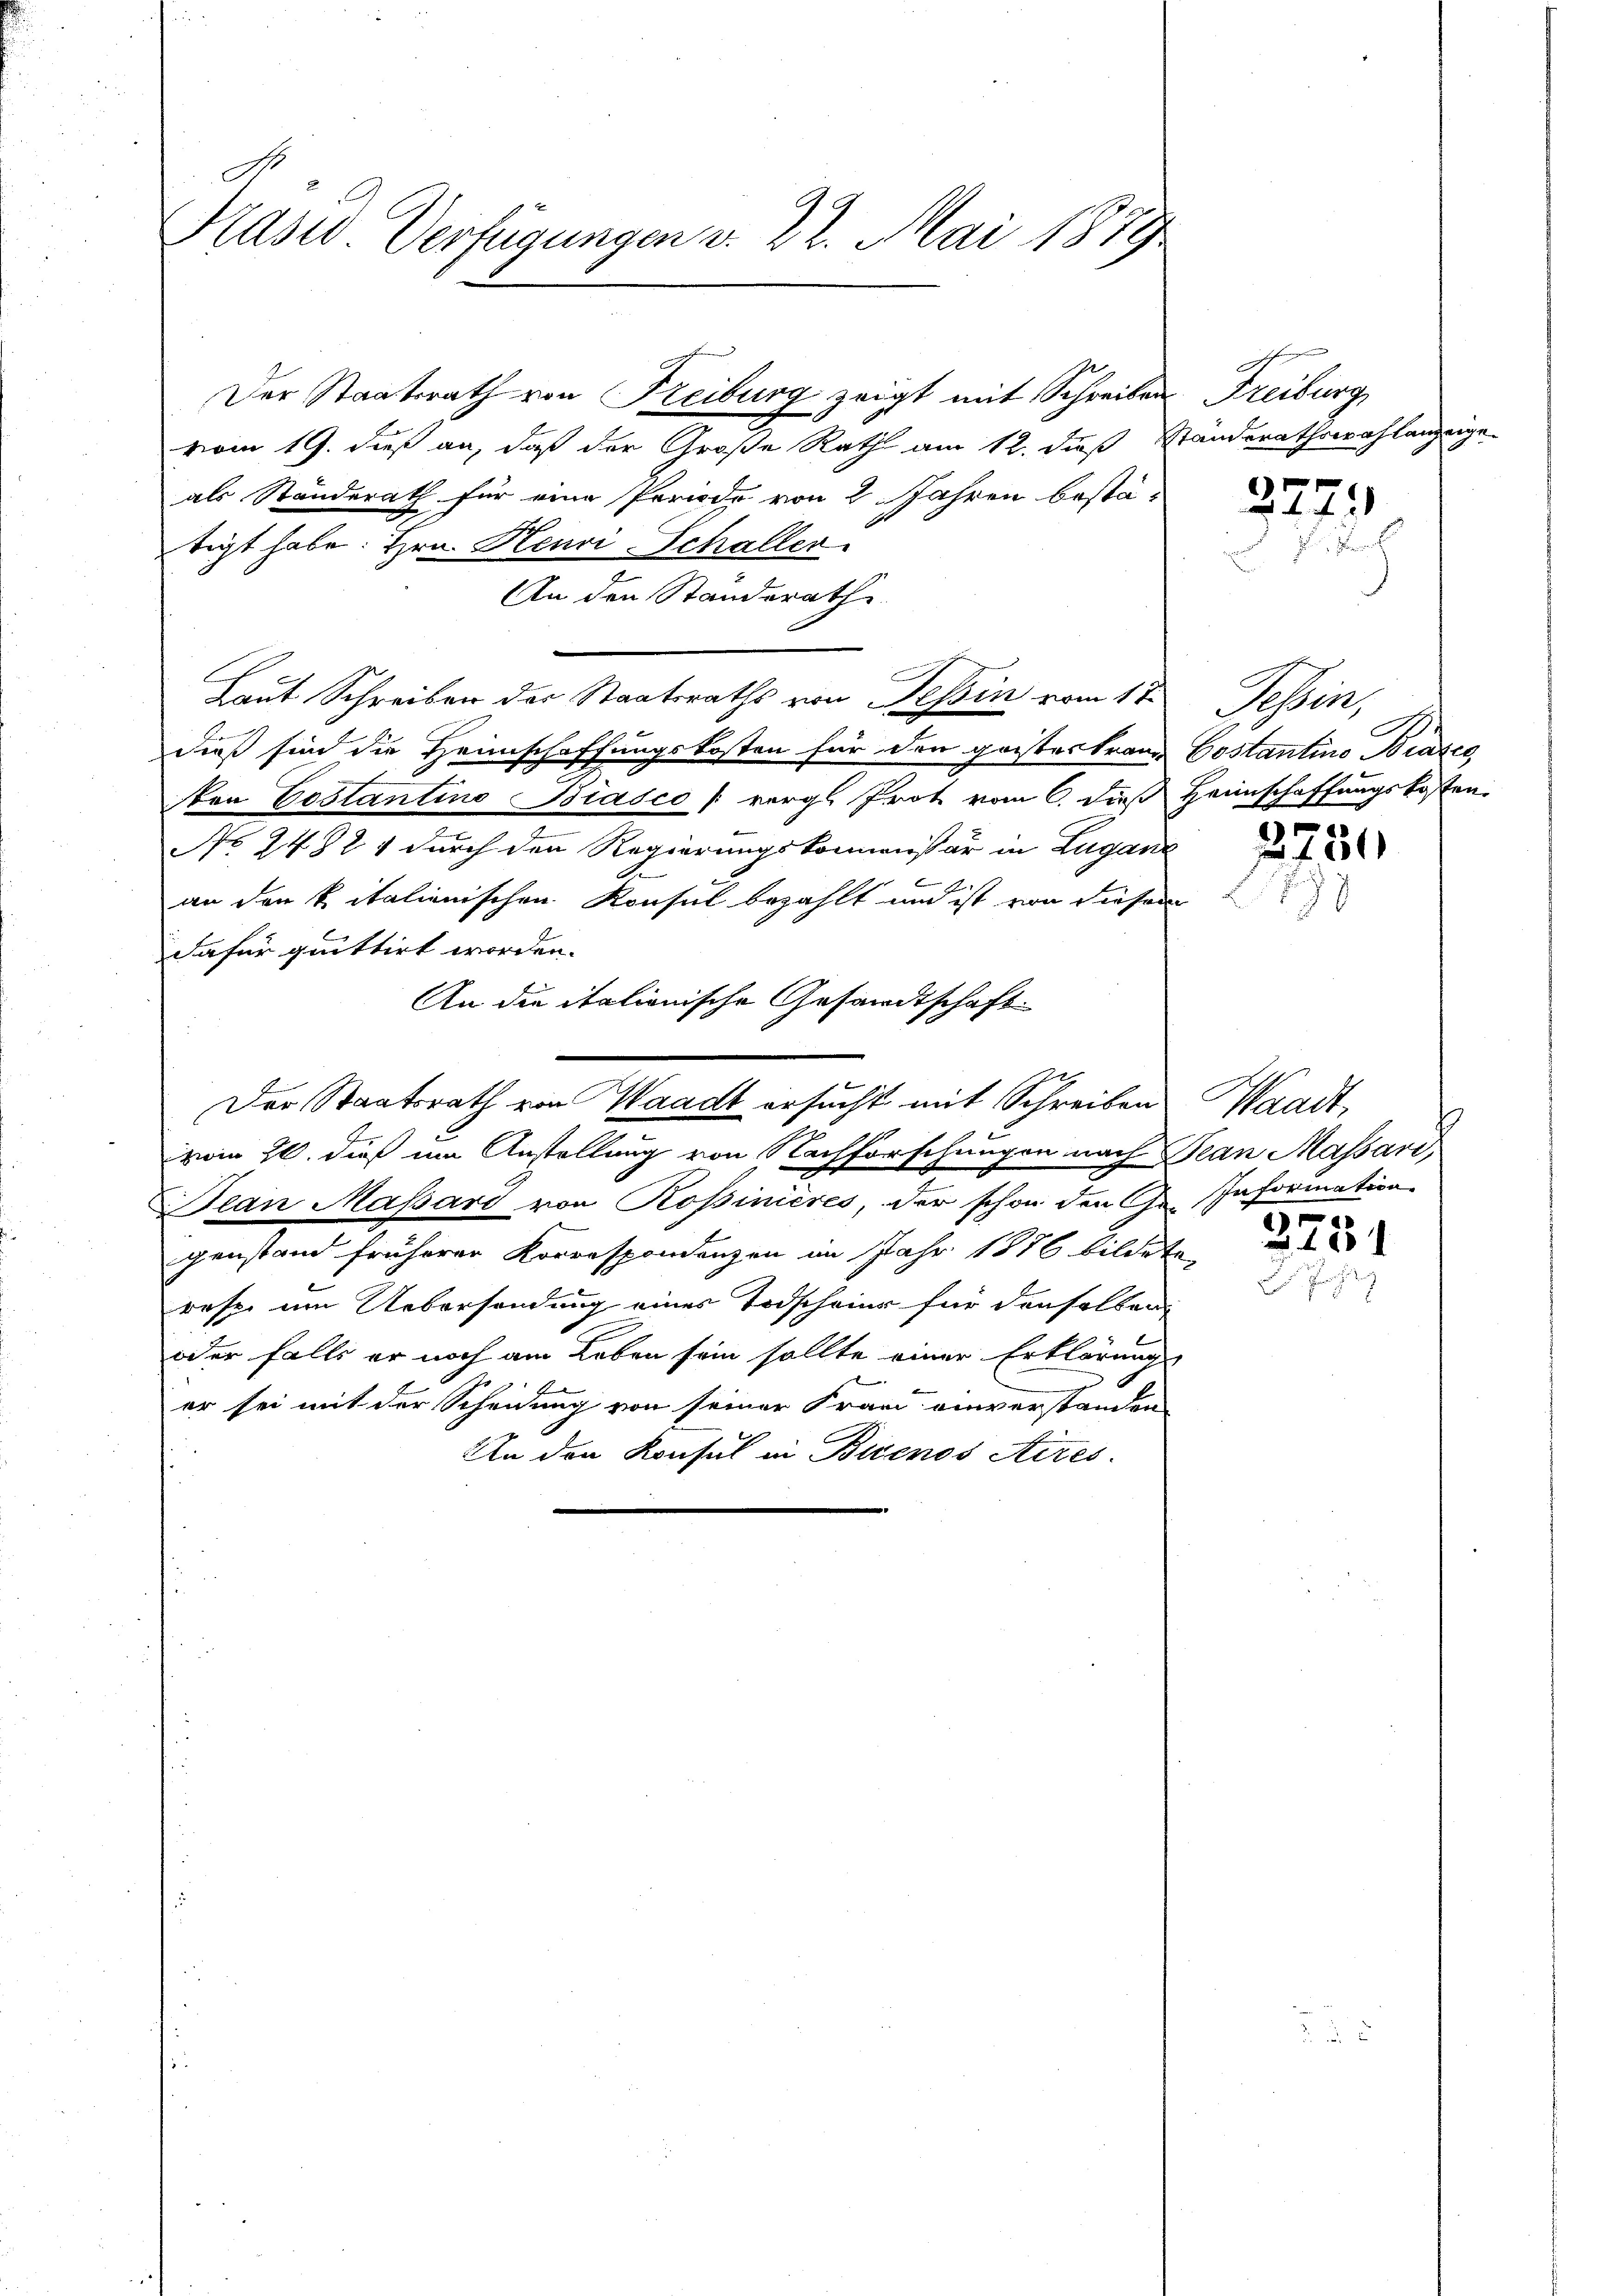
Praser Verfügungen v. 22. Mai 1879

vom 19. dieß an, daß der Große Rath am 12. daß Standerathswahlanzeige
als Stunderath für eine Periode von 2 Jahren bestä-
tigt habe. Hrn. Henri-Schaller
An den Standerath
Laut Schreiben der Staatsraths von Tessin vom 17.
be
dieß sind die Heimschaffungskosten für den geister tran
ton Testantino Biasco (vergl. Prot vom 6. dieß
No 74921 durch den Regierungskommissär in Luganz
b
an den k. italienischen Konsul bezahlt und ist von diesem
Dafür quittirt worden.
An die italionische Gesandtschaft.
Der Staatsrath von Waadt ersucht mit Schreiben
vom 20. dieß um Anstellung von Nachforschungen nach Jean Massari
Jean Massard von Rossinières, der schon den Ge- Information
genstand früherer Korrespondenzen im Jahr 1876 bildet
resp. um Uebersendung eines Todschaine für denselben
oder falls er noch am Leben sein sollte einer Erklärung
er sei mit der Scheidung von seiner Frau einverstanden
An den Konsul in Buenos Aires.

Der Staatsrath von Freiburg zeigt mit Schreiben

Freiburg,

227.

Itine
Costantins Brates
Heimschaffungskosten.

2751

Waadt,
5

2751